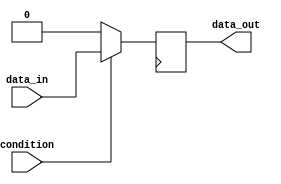
module if_else_example (
    input wire condition,
    input wire data_in,
    output reg data_out
);

always @ (posedge clk) begin
    if (condition) begin
        // Do something if condition is true
        data_out <= data_in;
    end else begin
        // Do something else if condition is false
        data_out <= 0;
    end
end

endmodule